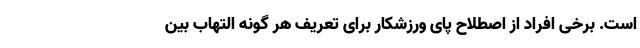
است. برخی افراد از اصطلاح پای ورزشکار برای تعریف هر گونه التهاب بین